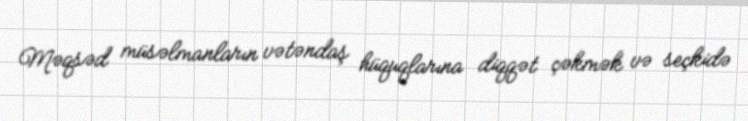
Məqsəd müsəlmanların vətəndaş hüquqlarına diqqət çəkmək və seçkidə